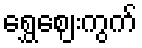
ရွှေဈေးကွက်